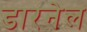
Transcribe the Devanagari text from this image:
डारनेल